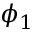
\phi _ { 1 }